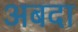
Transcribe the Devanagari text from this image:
अबदा